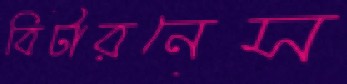
বিটারনেস